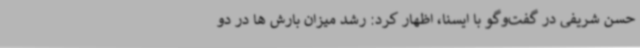
حسن شریفی در گفت‌وگو با ایسنا، اظهار کرد: رشد میزان بارش ها در دو